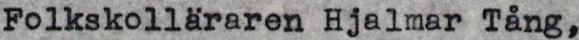
Folkskolläraren Hjalmar Tång,